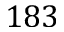
1 8 3